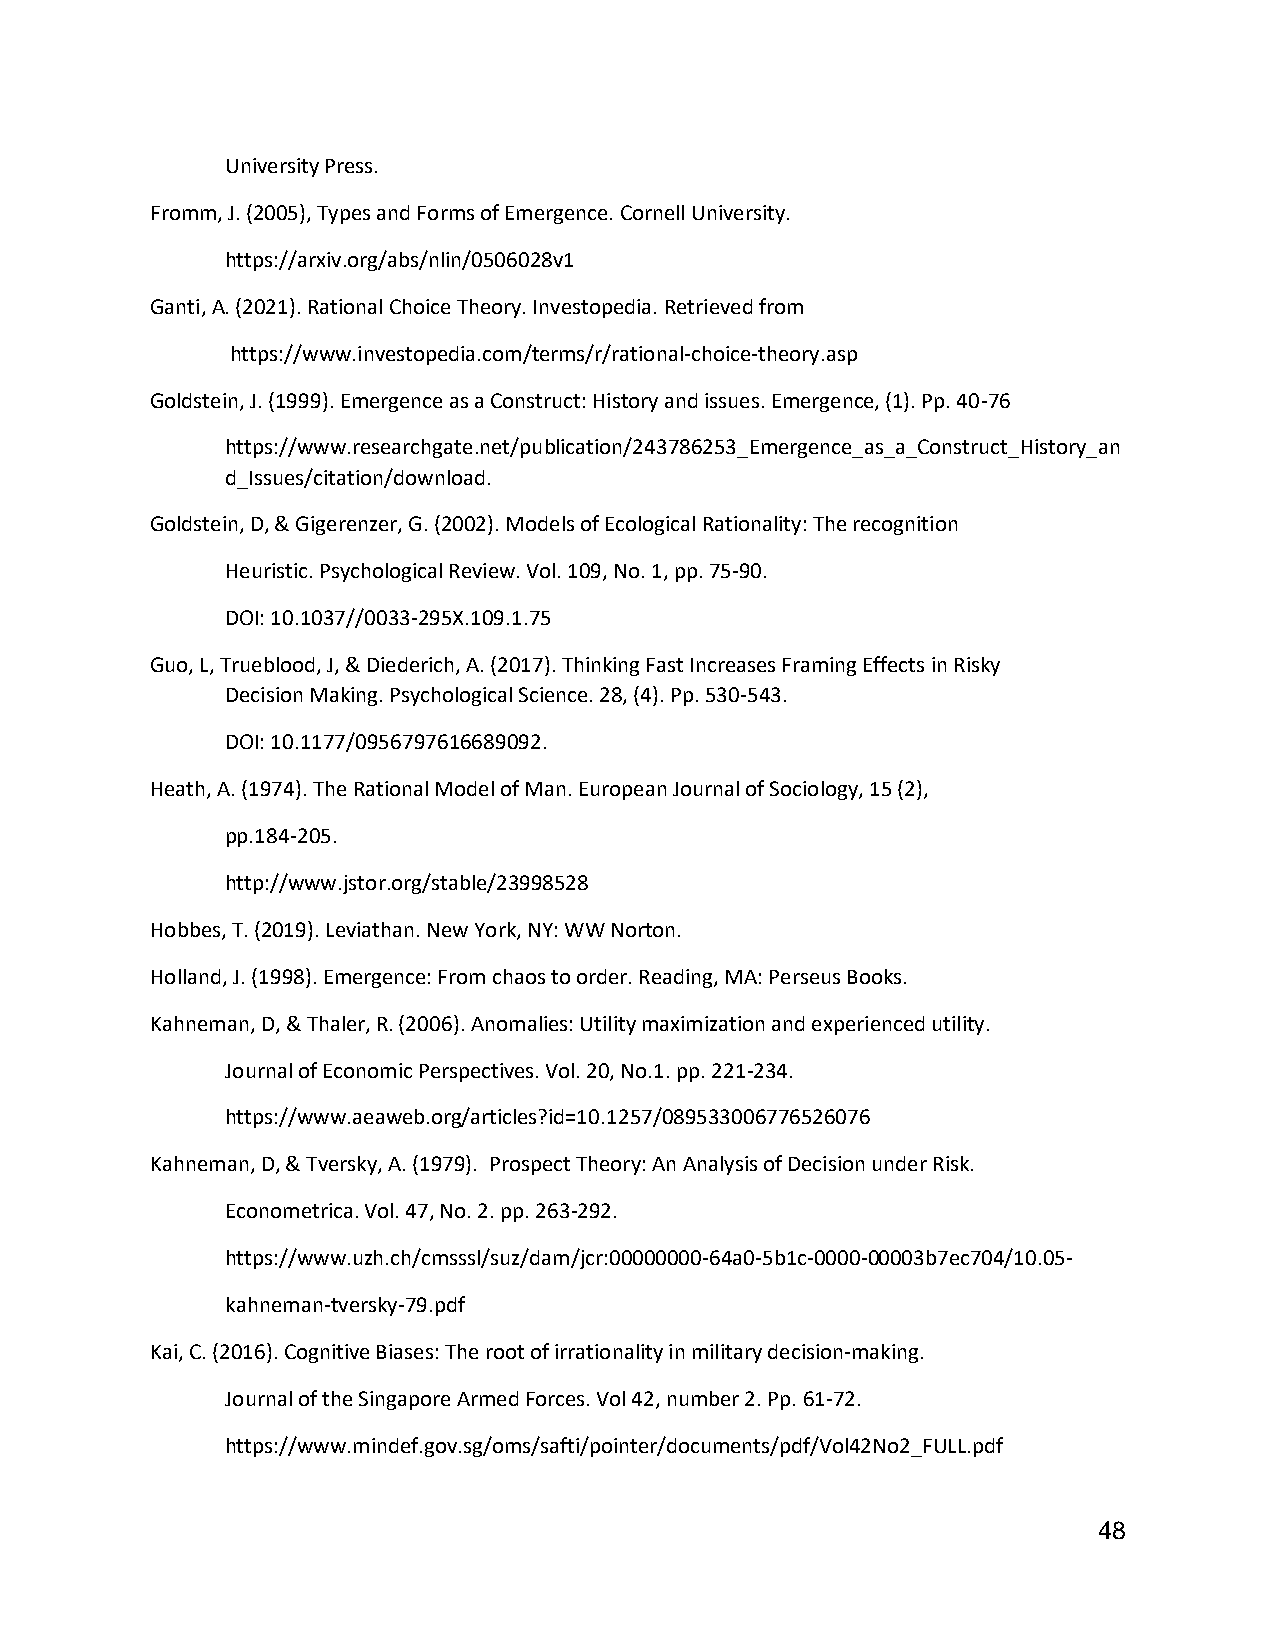
University Press.
 Fromm, J. (2005), Types and Forms of Emergence. Cornell University.
 https://arxiv.org/abs/nlin/0506028v1
 Ganti, A. (2021). Rational Choice Theory. Investopedia. Retrieved from
 https://www.investopedia.com/terms/r/rational-choice-theory.asp
 Goldstein, J. (1999). Emergence as a Construct: History and issues. Emergence, (1). Pp. 40-76
 https://www.researchgate.net/publication/243786253_Emergence_as_a_Construct_History_an
 d_Issues/citation/download.
 Goldstein, D, & Gigerenzer, G. (2002). Models of Ecological Rationality: The recognition
 Heuristic. Psychological Review. Vol. 109, No. 1, pp. 75-90.
 DOI: 10.1037//0033-295X.109.1.75
 Guo, L, Trueblood, J, & Diederich, A. (2017). Thinking Fast Increases Framing Effects in Risky
 Decision Making. Psychological Science. 28, (4). Pp. 530-543.
 DOI: 10.1177/0956797616689092.
 Heath, A. (1974). The Rational Model of Man. European Journal of Sociology, 15 (2),
 pp.184-205.
 http://www.jstor.org/stable/23998528
 Hobbes, T. (2019). Leviathan. New York, NY: WW Norton.
 Holland, J. (1998). Emergence: From chaos to order. Reading, MA: Perseus Books.
 Kahneman, D, & Thaler, R. (2006). Anomalies: Utility maximization and experienced utility.
 Journal of Economic Perspectives. Vol. 20, No.1. pp. 221-234.
 https://www.aeaweb.org/articles?id=10.1257/089533006776526076
 Kahneman, D, & Tversky, A. (1979). Prospect Theory: An Analysis of Decision under Risk.
 Econometrica. Vol. 47, No. 2. pp. 263-292.
 https://www.uzh.ch/cmsssl/suz/dam/jcr:00000000-64a0-5b1c-0000-00003b7ec704/10.05-
 kahneman-tversky-79.pdf
 Kai, C. (2016). Cognitive Biases: The root of irrationality in military decision-making.
 Journal of the Singapore Armed Forces. Vol 42, number 2. Pp. 61-72.
 https://www.mindef.gov.sg/oms/safti/pointer/documents/pdf/Vol42No2_FULL.pdf
 48